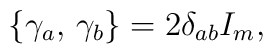
\left\{\gamma_a,\, \gamma_b\right\}=2\delta_{ab}I_m,